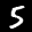
Label: 5